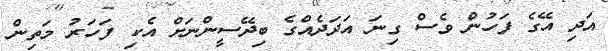
އަދި އޭގެ ފަހުން ވެސް ގިނަ އަދަދެއްގެ ބިދޭސީންނަށް އެކި ފަހަރު މަތިން